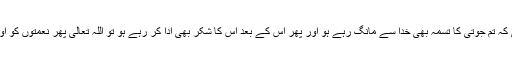
تو جب یہ حالت ہو گی کہ تم جوتی کا تسمہ بھی خدا سے مانگ رہے ہو اور پھر اس کے بعد اس کا شکر بھی ادا کر رہے ہو تو اللہ تعالیٰ پھر نعمتوں کو اور بڑھاتا چلا جاتا ہے۔